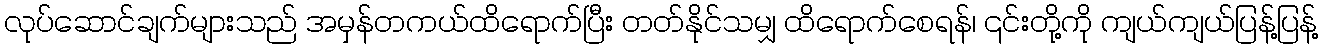
လုပ်ဆောင်ချက်များသည် အမှန်တကယ်ထိရောက်ပြီး တတ်နိုင်သမျှ ထိရောက်စေရန်၊ ၎င်းတို့ကို ကျယ်ကျယ်ပြန့်ပြန့်